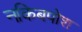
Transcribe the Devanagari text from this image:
नकिबपोश